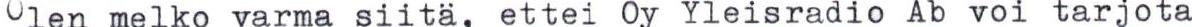
Olen melko varma siitä, ettei Oy Yleisradio Ab voi tarjota